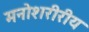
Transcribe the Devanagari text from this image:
मनोशरीरीय